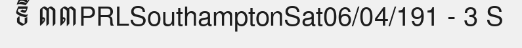
ទី ៣៣PRLSouthamptonSat06/04/191 - 3 S